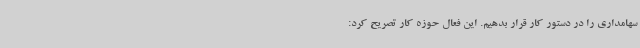
سهامداری را در دستور کار قرار بدهیم. این فعال حوزه کار تصریح کرد: